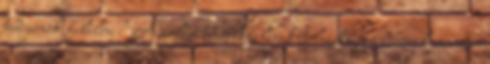
tudjanak felelni? Az előírt mérlegelési kötelezettség a bíróval szemben